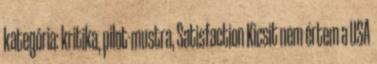
kategória: kritika, pilot-mustra, Satisfaction Kicsit nem értem a USA